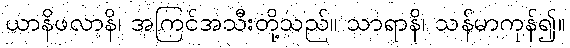
ယာနိဖလာနိ၊ အကြင်အသီးတို့သည်။ သာရာနိ၊ သန်မာကုန်၍။